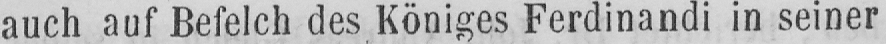
auch auf Befelch des Königes Ferdinandi in seiner